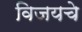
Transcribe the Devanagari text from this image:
विजयचे